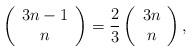
LaTeX: \begin{align*}\left( \begin{array}{c}3n-1 \\ n\end{array}\right) =\frac{2}{3}\left( \begin{array}{c}3n \\ n\end{array}\right) , \end{align*}